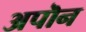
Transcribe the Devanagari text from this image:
अपॊन